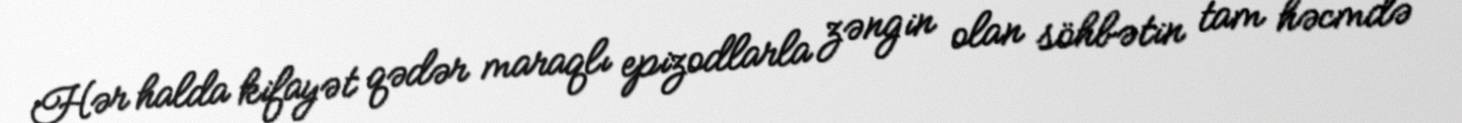
Hər halda kifayət qədər maraqlı epizodlarla zəngin olan söhbətin tam həcmdə